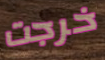
خرجت